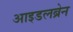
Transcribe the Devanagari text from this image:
आइडलब्रेन